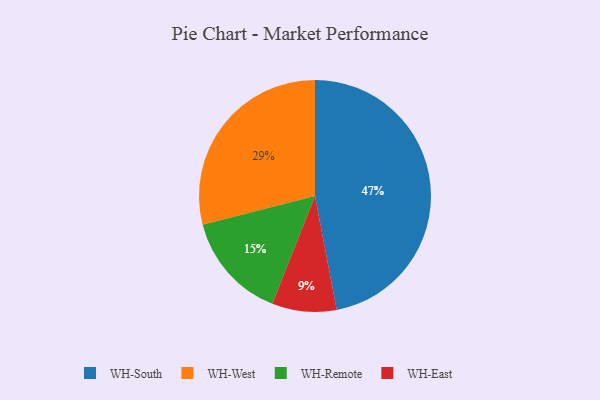
{"axis": {"x": "Category", "y": "Percentage"}, "legend": ["WH-East", "WH-Remote", "WH-South", "WH-West"], "data": [{"x": "WH-Remote", "y": 15, "type": "WH-Remote"}, {"x": "WH-East", "y": 9, "type": "WH-East"}, {"x": "WH-West", "y": 29, "type": "WH-West"}, {"x": "WH-South", "y": 47, "type": "WH-South"}]}